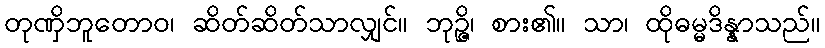
တုဏှိဘူတောဝ၊ ဆိတ်ဆိတ်သာလျှင်။ ဘုဉ္ဇိ၊ စား၏။ သာ၊ ထိုဓမ္မဒိန္နာသည်။